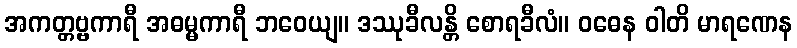
အကတ္တဗ္ဗကာရီ အဓမ္မကာရီ ဘဝေယျ။ ဒဿုခီလန္တိ စောရခီလံ။ ဝဓေန ဝါတိ မာရဏေန